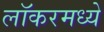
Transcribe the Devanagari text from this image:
लॉकरमध्ये